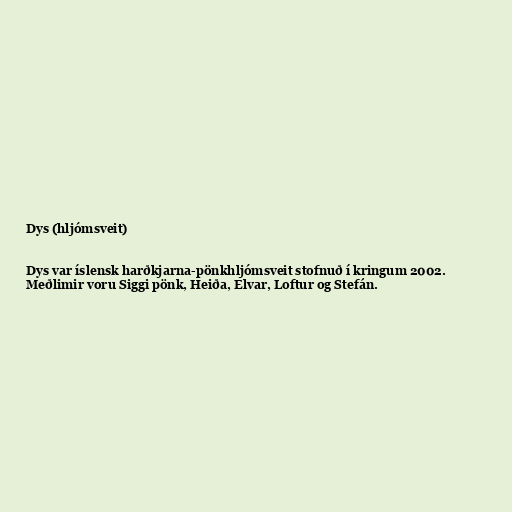
Dys (hljómsveit)

Dys var íslensk harðkjarna-pönkhljómsveit stofnuð í kringum 2002.
Meðlimir voru Siggi pönk, Heiða, Elvar, Loftur og Stefán.